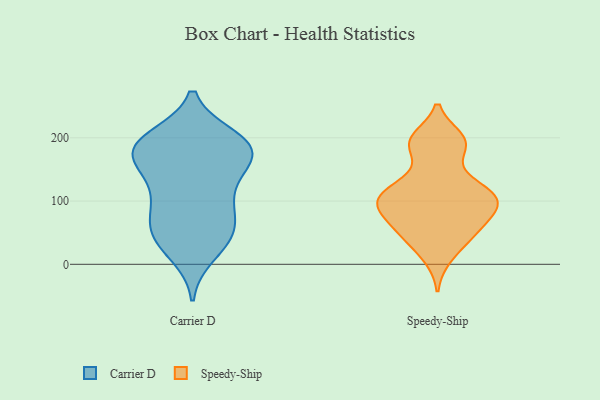
{"axis": {"x": "Budget (USD K)", "y": "Value"}, "legend": ["Carrier D", "Speedy-Ship"], "data": [{"x": "", "y": 199, "type": "Carrier D"}, {"x": "", "y": 99, "type": "Carrier D"}, {"x": "", "y": 64, "type": "Carrier D"}, {"x": "", "y": 44, "type": "Carrier D"}, {"x": "", "y": 167, "type": "Carrier D"}, {"x": "", "y": 51, "type": "Carrier D"}, {"x": "", "y": 143, "type": "Carrier D"}, {"x": "", "y": 103, "type": "Carrier D"}, {"x": "", "y": 113, "type": "Carrier D"}, {"x": "", "y": 157, "type": "Carrier D"}, {"x": "", "y": 63, "type": "Carrier D"}, {"x": "", "y": 17, "type": "Carrier D"}, {"x": "", "y": 192, "type": "Carrier D"}, {"x": "", "y": 180, "type": "Carrier D"}, {"x": "", "y": 179, "type": "Carrier D"}, {"x": "", "y": 186, "type": "Carrier D"}, {"x": "", "y": 35, "type": "Carrier D"}, {"x": "", "y": 190, "type": "Carrier D"}, {"x": "", "y": 187, "type": "Carrier D"}, {"x": "", "y": 95, "type": "Speedy-Ship"}, {"x": "", "y": 193, "type": "Speedy-Ship"}, {"x": "", "y": 198, "type": "Speedy-Ship"}, {"x": "", "y": 101, "type": "Speedy-Ship"}, {"x": "", "y": 189, "type": "Speedy-Ship"}, {"x": "", "y": 189, "type": "Speedy-Ship"}, {"x": "", "y": 105, "type": "Speedy-Ship"}, {"x": "", "y": 12, "type": "Speedy-Ship"}, {"x": "", "y": 50, "type": "Speedy-Ship"}, {"x": "", "y": 50, "type": "Speedy-Ship"}, {"x": "", "y": 78, "type": "Speedy-Ship"}, {"x": "", "y": 123, "type": "Speedy-Ship"}, {"x": "", "y": 117, "type": "Speedy-Ship"}, {"x": "", "y": 69, "type": "Speedy-Ship"}, {"x": "", "y": 97, "type": "Speedy-Ship"}, {"x": "", "y": 95, "type": "Speedy-Ship"}, {"x": "", "y": 131, "type": "Speedy-Ship"}, {"x": "", "y": 40, "type": "Speedy-Ship"}]}